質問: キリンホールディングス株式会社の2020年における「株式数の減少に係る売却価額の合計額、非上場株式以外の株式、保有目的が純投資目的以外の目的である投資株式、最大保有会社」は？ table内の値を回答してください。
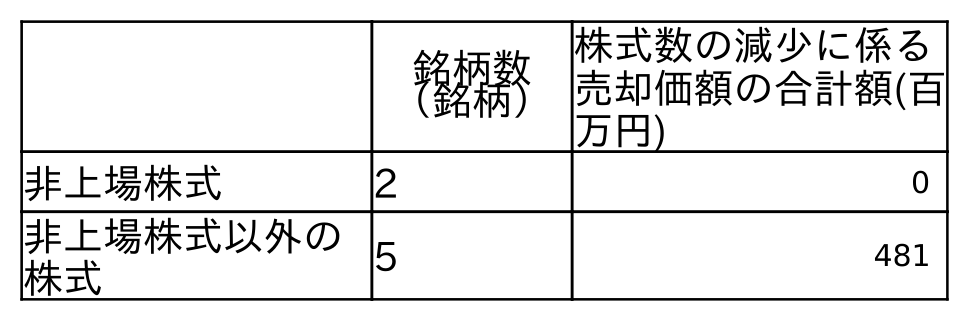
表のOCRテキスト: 銘柄数 （銘柄） 株式数の減少に係る 売却価額の合計額(百 万円) 非上場株式 2 0 非上場株式以外の 株式 5 481
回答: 481